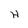
Character: H